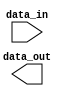
module IO_Block_HighSpeedBuffer (
    input wire [7:0] data_in,
    output reg [7:0] data_out
);

// High-speed buffer functionality goes here

endmodule